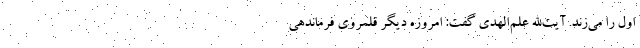
اول را می‌زند. آیت‌الله علم‌الهدی گفت: امروزه دیگر قلمروی فرماندهی